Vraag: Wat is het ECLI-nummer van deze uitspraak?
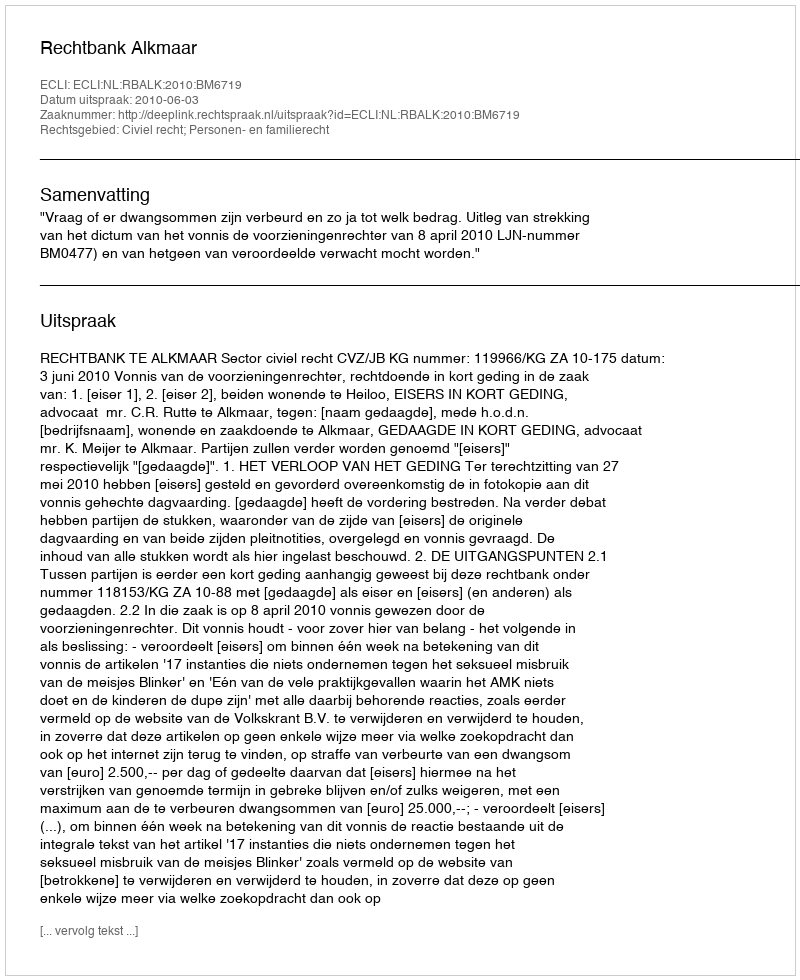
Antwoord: ECLI:NL:RBALK:2010:BM6719